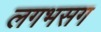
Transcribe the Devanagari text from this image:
लगभसग